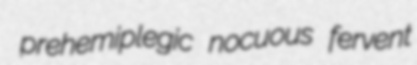
prehemiplegic nocuous fervent